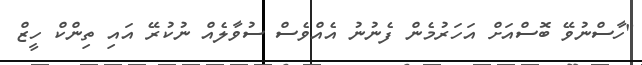
"ހާސްނުވޭ ބޮސްއަށް އަހަރުމެން ފެނުނު އެއްވެސް ސުވާލެއް ނުކުރޭ އައި ތިންކް ހީޒް